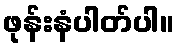
ဖုန်းနံပါတ်ပါ။